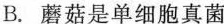
B. 蘑菇是单细胞真菌